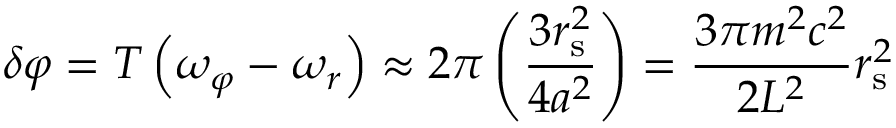
\delta \varphi = T \left( \omega _ { \varphi } - \omega _ { r } \right) \approx 2 \pi \left( { \frac { 3 r _ { \mathrm { { s } } } ^ { 2 } } { 4 a ^ { 2 } } } \right) = { \frac { 3 \pi m ^ { 2 } c ^ { 2 } } { 2 L ^ { 2 } } } r _ { \mathrm { { s } } } ^ { 2 }